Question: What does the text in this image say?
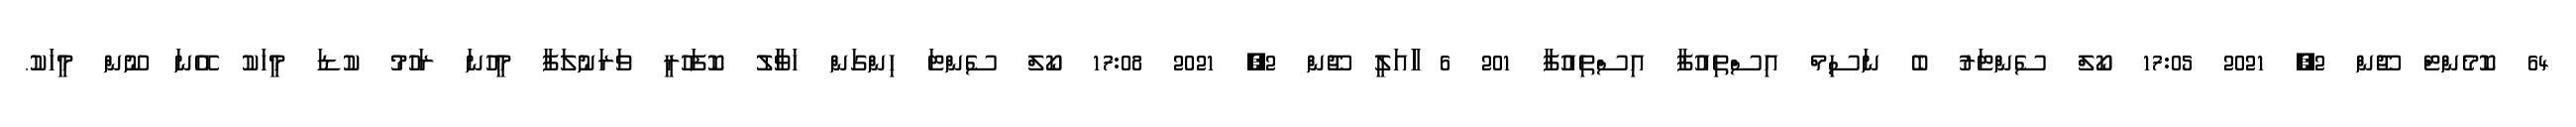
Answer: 64 ކޮމެންޓް ޖޫން 2, 2021 17:05 ކޯލް ސެންޓަރު ބެ ނަސިމް އިސްތިއުފާ އިސްތިއުފާ 201 6 ާަަަަަައަލީ ޖޫން 2, 2021 17:08 ކޯލް ސެންޓަ ހިންގަން ހަވަާލު ކޮފަހުރީ ވަރަނުލަފާ މީހުނަ ރަހުމު ކުޑަ މީހަކު އޭނަ ނޫން މީހަކު.